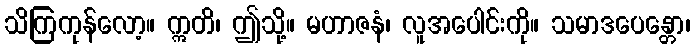
သိကြကုန်လော့။ ဣတိ၊ ဤသို့။ မဟာဇနံ၊ လူအပေါင်းကို။ သမာဒပေန္တော၊